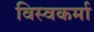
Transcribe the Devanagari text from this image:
विस्वकर्मा